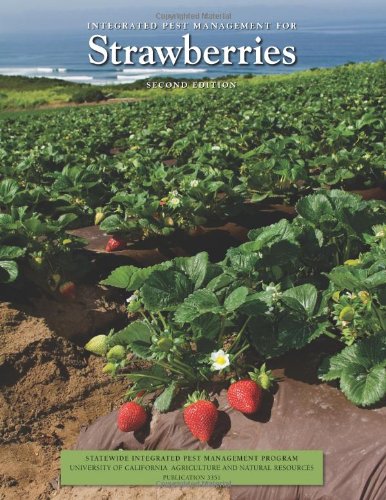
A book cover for Integrated Pest Management for Strawberries, 2nd Edition; Larry Strand; Science & Math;